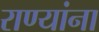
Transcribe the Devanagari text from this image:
राण्यांना